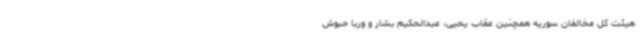
هیئت کل مخالفان سوریه همچنین عقاب یحیی، عبدالحکیم بشار و وربا حبوش